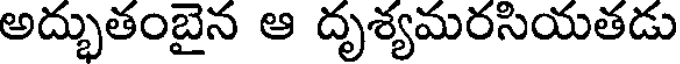
అద్భుతంబైన ఆ దృశ్యమరసియతడు